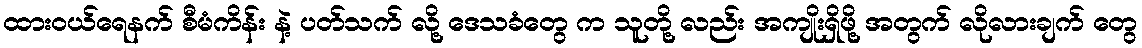
ထားဝယ်ရေနက် စီမံကိန်း နဲ့ ပတ်သက် လို့ ဒေသခံတွေ က သူတို့ လည်း အကျိုးရှိဖို့ အတွက် လိုလားချက် တွေ